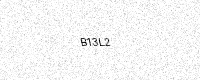
Text: B13L2